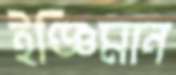
ইঞ্জিমান